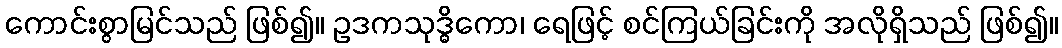
ကောင်းစွာမြင်သည် ဖြစ်၍။ ဥဒကသုဒ္ဓိကော၊ ရေဖြင့် စင်ကြယ်ခြင်းကို အလိုရှိသည် ဖြစ်၍။